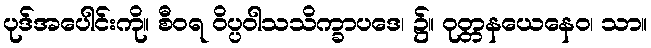
ပုဒ်အပေါင်းကို။ စီဝရ ဝိပ္ပဝါသသိက္ခာပဒေ၊ ၌။ ဝုတ္တနယေနေဝ၊ သာ။